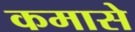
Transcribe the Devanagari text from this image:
कमासे